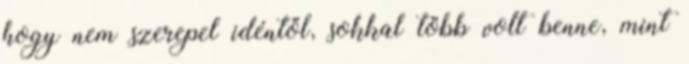
hogy nem szerepel idéntől, sokkal több volt benne, mint